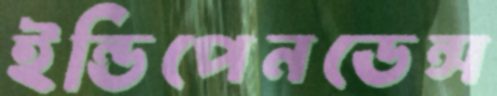
ইন্ডিপেনডেন্স